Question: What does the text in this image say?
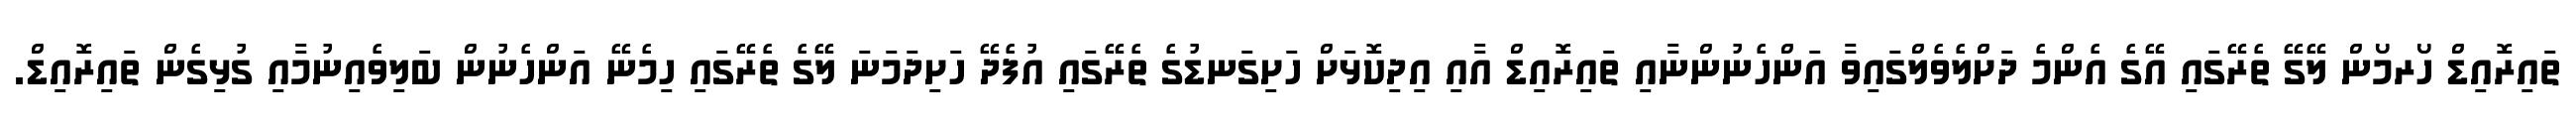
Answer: ތައިރޮއިޑް ހޯރމޯން ލޭގޭ ތެރޭގައި އޭގެ އެންމެ ދަށްލެވެލްގައިވާ އަންހެނުންނާއި ތައިރޮއިޑް އާއި އިދިކޮޅަށް ހަށިގަނޑުގެ ތެރޭގައި އުފެދޭ ހަށިދަމަނަ ލޭގެ ތެރޭގައި ހިމެނޭ އަންހެނުން ބަލިވެއިނުމާއި ގުޅިގެން ތައިރޮއިޑް.